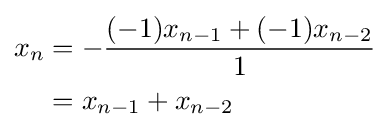
{\begin{aligned}x_{n}&=-{\frac {(-1)x_{n-1}+(-1)x_{n-2}}{1}}\\&=x_{n-1}+x_{n-2}\end{aligned}}